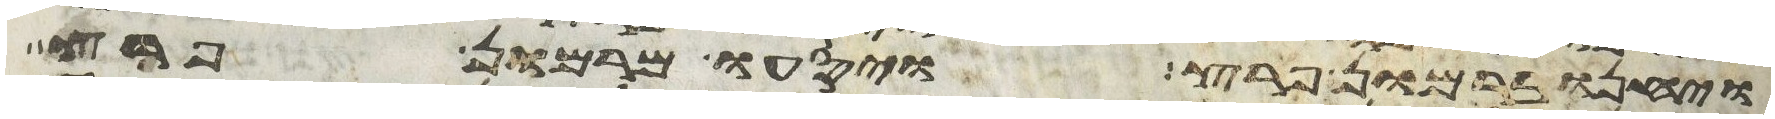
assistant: ויחנו ברמון פרץ ויסעו מרמון פרץ